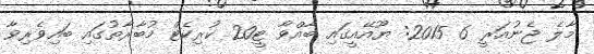
މާލެ ޖެނުއަރީ 6 2015: ޔޫއޭއީގައި ބާއްވާ ޓީ20 ކުރިކެޓް މުބާރާތުގައި ބައިވެރިވާ